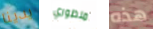
يدينا منظوري هذه